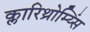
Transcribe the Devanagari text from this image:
क्लारिथ्रोम्य्सिं